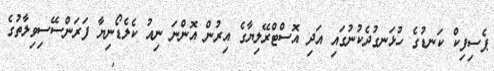
ޕެސިފިކް ކަނޑުގެ ހުޅަނގުދެކުނުގައި އަދި އޮސްޓްރޭލިޔާގެ އިރުން އޮންނަ ނިއު ކެލެޑޯނިޔާ ފަރަންސޭސިވިލާތުގެ